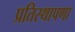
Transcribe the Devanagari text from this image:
प्रतिस्थापणा